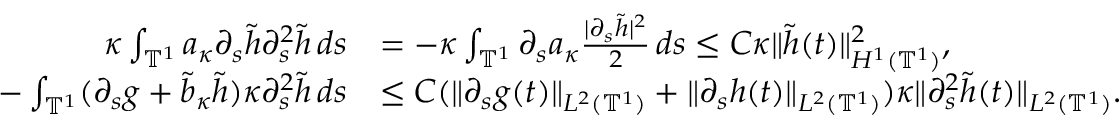
\begin{array} { r l } { \kappa \int _ { \ensuremath { \mathbb { T } } ^ { 1 } } a _ { \kappa } \partial _ { s } \tilde { h } \partial _ { s } ^ { 2 } \tilde { h } \, d s } & { = - \kappa \int _ { \ensuremath { \mathbb { T } } ^ { 1 } } \partial _ { s } a _ { \kappa } \frac { | \partial _ { s } \tilde { h } | ^ { 2 } } 2 \, d s \leq C \kappa \| \tilde { h } ( t ) \| _ { H ^ { 1 } ( \ensuremath { \mathbb { T } } ^ { 1 } ) } ^ { 2 } , } \\ { - \int _ { \ensuremath { \mathbb { T } } ^ { 1 } } ( \partial _ { s } g + \tilde { b } _ { \kappa } \tilde { h } ) \kappa \partial _ { s } ^ { 2 } \tilde { h } \, d s } & { \leq C ( \| \partial _ { s } g ( t ) \| _ { L ^ { 2 } ( \ensuremath { \mathbb { T } } ^ { 1 } ) } + \| \partial _ { s } h ( t ) \| _ { L ^ { 2 } ( \ensuremath { \mathbb { T } } ^ { 1 } ) } ) \kappa \| \partial _ { s } ^ { 2 } \tilde { h } ( t ) \| _ { L ^ { 2 } ( \ensuremath { \mathbb { T } } ^ { 1 } ) } . } \end{array}